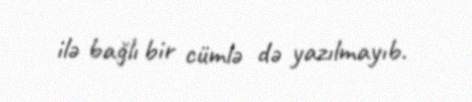
ilə bağlı bir cümlə də yazılmayıb.